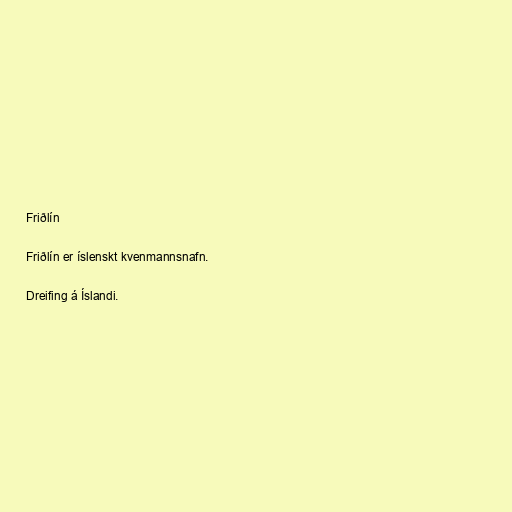
Friðlín

Friðlín er íslenskt kvenmannsnafn.

Dreifing á Íslandi.